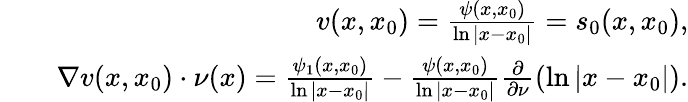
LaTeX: \begin{array}{rlr}&{}&{v(x,x_{0})=\frac{\psi(x,x_{0})}{\ln{|x-x_{0}|}}=s_{0}(x,x_{0}),}\\ &{}&{\nabla{v(x,x_{0})}\cdot\nu(x)=\frac{\psi_{1}(x,x_{0})}{\ln{|x-x_{0}|}}-\frac{\psi(x,x_{0})}{\ln{|x-x_{0}|}}\frac{\partial}{\partial\nu}(\ln{|x-x_{0}|}).}\end{array}